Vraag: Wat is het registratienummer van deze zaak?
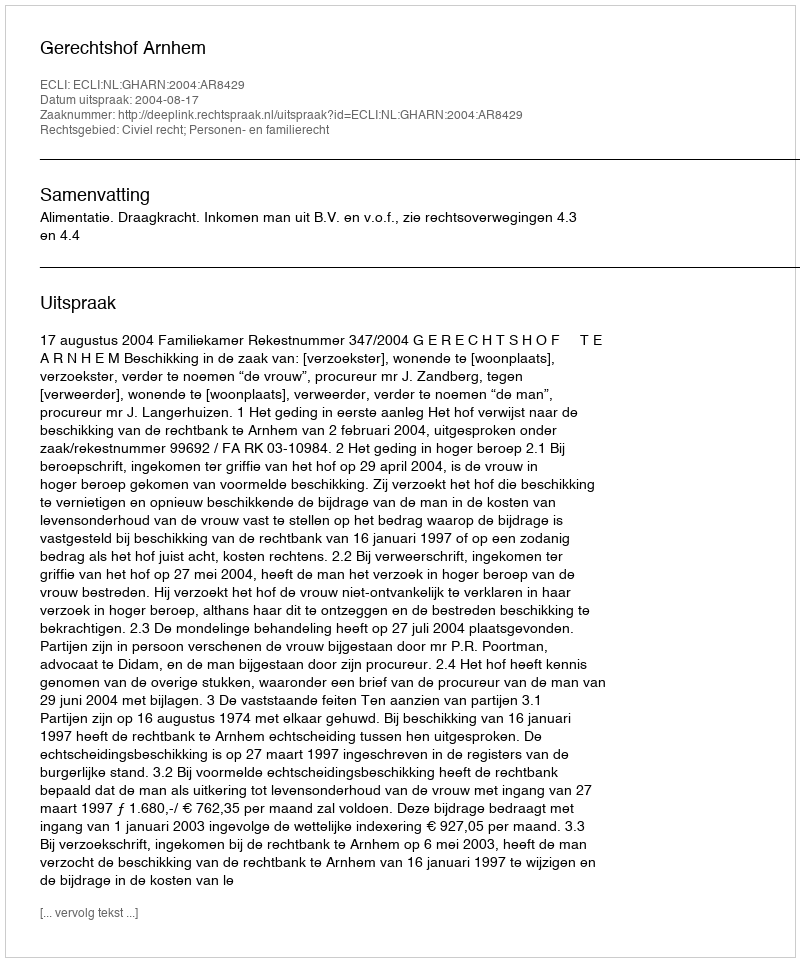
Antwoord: http://deeplink.rechtspraak.nl/uitspraak?id=ECLI:NL:GHARN:2004:AR8429